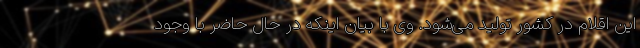
این اقلام در کشور تولید می‌شود. وی با بیان اینکه در حال حاضر با وجود